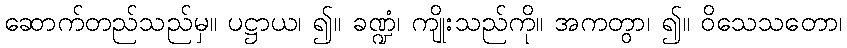
ဆောက်တည်သည်မှ။ ပဋ္ဌာယ၊ ၍။ ခဏ္ဍံ၊ ကျိုးသည်ကို။ အကတွာ၊ ၍။ ဝိသေသတော၊